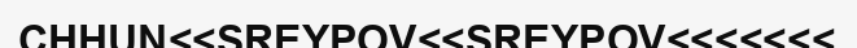
CHHUN<<SREYPOV<<SREYPOV<<<<<<<